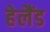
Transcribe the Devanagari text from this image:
हेलैंड